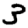
Digit: 3